Vaccination in the Punjab 1905-1918 - 1905-1918
Year: 1905
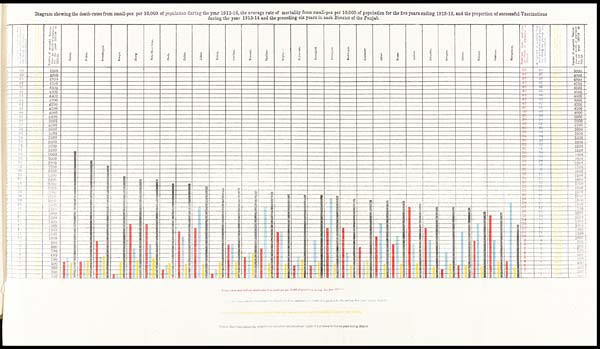
Diagram showing the death-rates from small-pox per 10,000 of population during the year 1913-14, the average rate of mortality from small-pox per 10,000 of population for the five years ending 1912-13, and the proportion of successful Vaccinations
during the year 1913-14 and the preceding six years in each District of the Punjab.